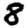
Digit: 8